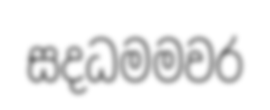
සදධමමවර